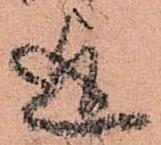
迄